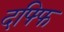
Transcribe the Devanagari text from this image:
दफ्फि